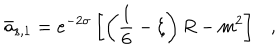
\bar { a } _ { s , 1 } = e ^ { - 2 \sigma } \left[ \left( \frac 1 6 - \xi \right) R - m ^ { 2 } \right] ,